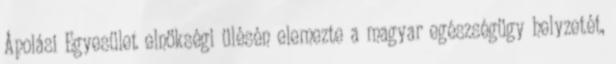
Ápolási Egyesület elnökségi ülésén elemezte a magyar egészségügy helyzetét,